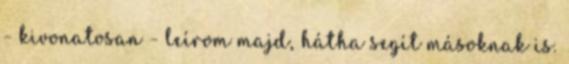
- kivonatosan - leírom majd, hátha segít másoknak is.